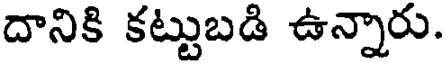
దానికి కట్టుబడి ఉన్నారు.